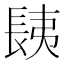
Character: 𨱾